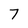
Character: 7